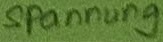
Text: Spannung